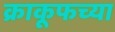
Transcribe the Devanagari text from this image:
क्राकूफच्या